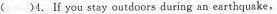
( )4.If you stay outdoors during an earthquake,